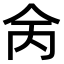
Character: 𠇮